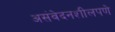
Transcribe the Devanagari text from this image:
असंवेदनशीलपणे